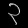
Digit: ၃